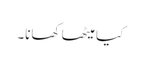
کیا میٹھا کھانا۔